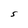
Character: S